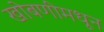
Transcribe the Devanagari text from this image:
खोबणीमधून